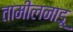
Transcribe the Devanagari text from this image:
तामीलनाडू